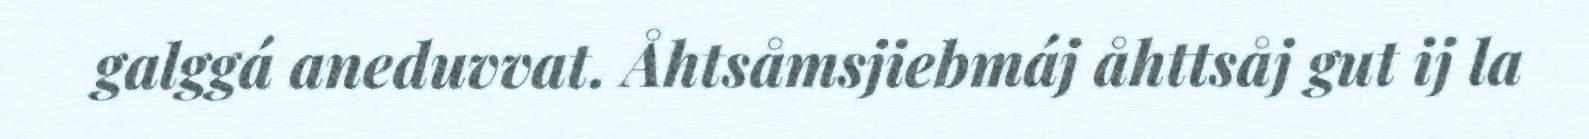
galggá aneduvvat. Åhtsåmsjiebmáj åhttsåj gut ij la